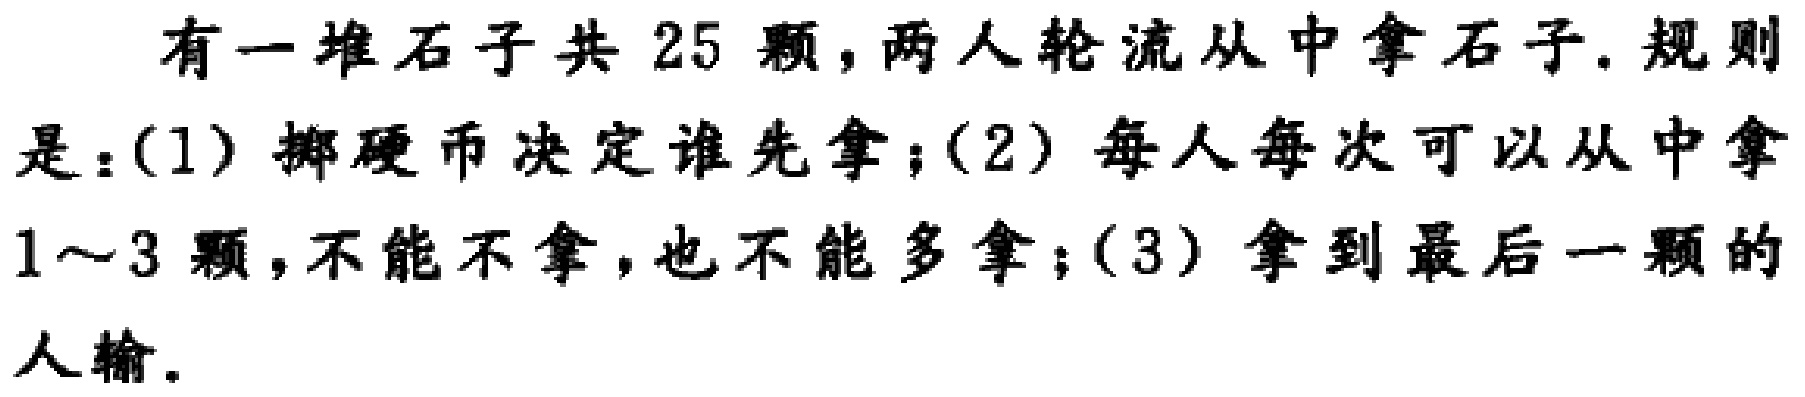
有一堆石子共25颗，两人轮流从中拿石子. 规则是：(1) 掷硬币决定谁先拿；(2) 每人每次可以从中拿1～3颗，不能不拿，也不能多拿；(3) 拿到最后一颗的人输.